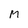
Character: M